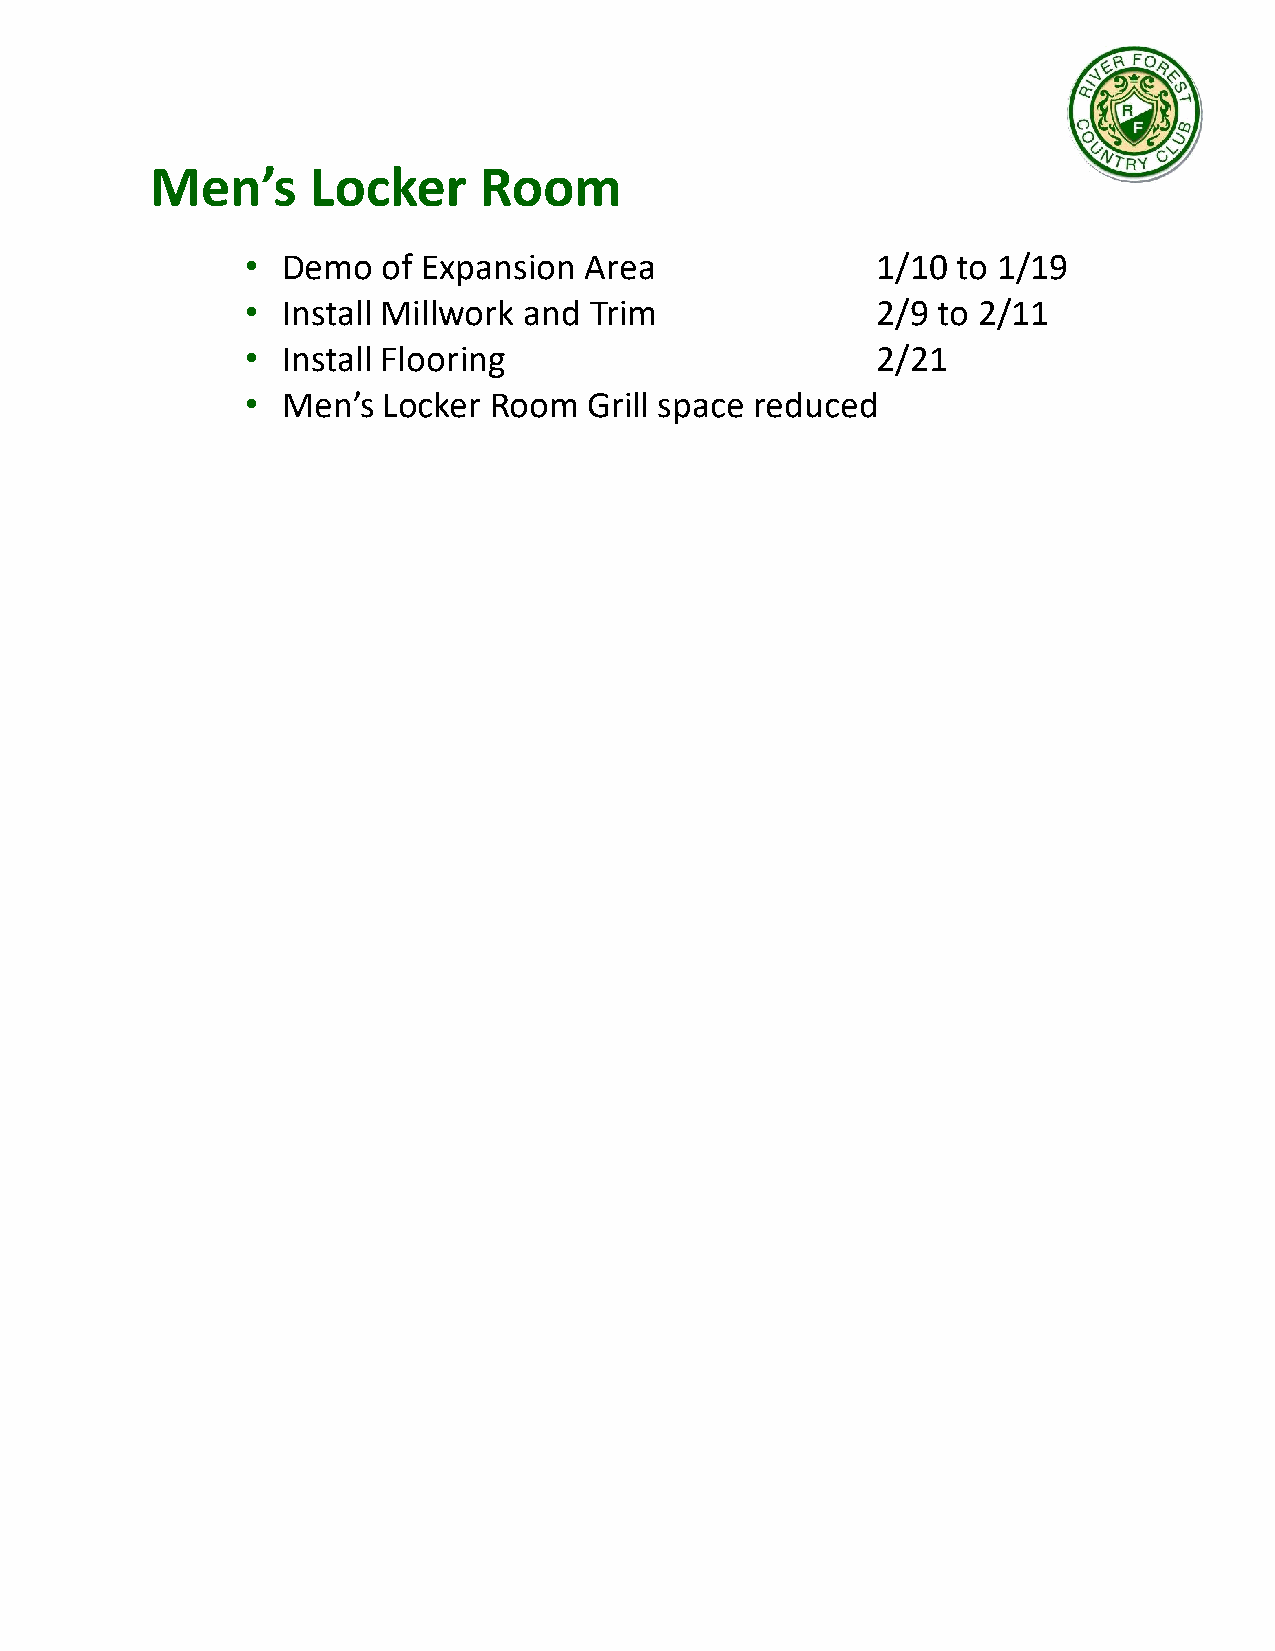
Men’s      Locker     Room
 •  Demo  of Expansion  Area               1/10 to 1/19
 •  Install Millwork and Trim              2/9 to 2/11
 •  Install Flooring                       2/21
 •  Men’s Locker Room   Grill space reduced